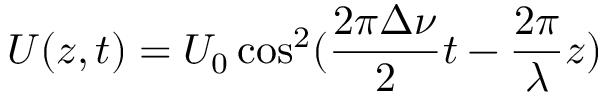
U ( z , t ) = U _ { 0 } \cos ^ { 2 } ( \frac { 2 \pi \Delta \nu } { 2 } t - \frac { 2 \pi } { \lambda } z )